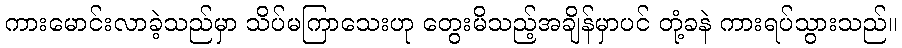
ကားမောင်းလာခဲ့သည်မှာ သိပ်မကြာသေးဟု တွေးမိသည့်အချိန်မှာပင် တုံ့ခနဲ ကားရပ်သွားသည်။